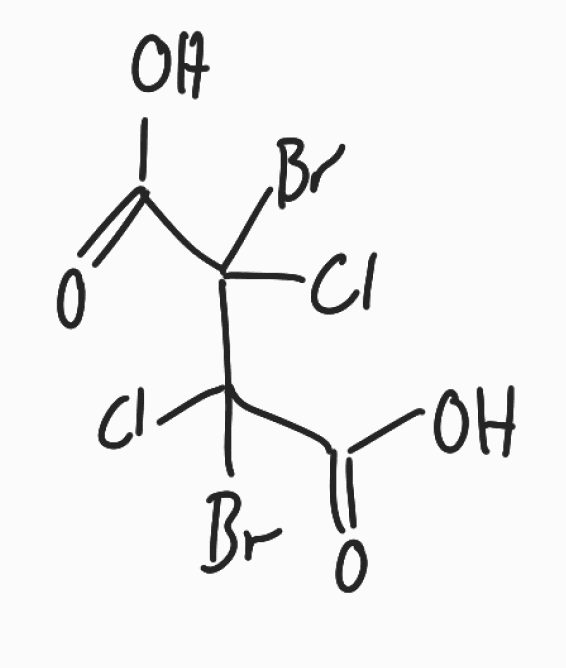
Simplified molecular-input line-entry system (SMILES) notation of the given molecule:
C(=O)(C(C(C(=O)O)(Cl)Br)(Cl)Br)O